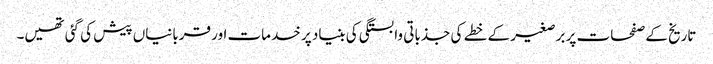
تاریخ کے صفحات پر برصغیر کے خطے کی جذباتی وابستگی کی بنیاد پر خدمات اور قربانیاں پیش کی گئی تھیں۔